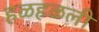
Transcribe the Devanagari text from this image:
हळहळली